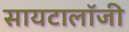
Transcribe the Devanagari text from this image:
सायटालॉजी